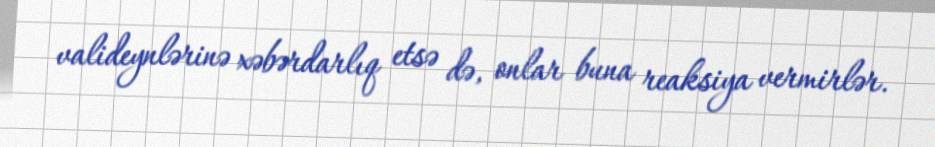
valideynlərinə xəbərdarlıq etsə də, onlar buna reaksiya vermirlər.